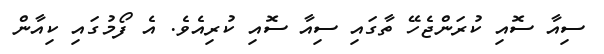
ސިއާ ސޮއި ކުރަންޖެހޭ ތާގައި ސިއާ ސޮއި ކުރިއެވެ. އެ ފޯމުގައި ކިއާން